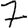
Digit: 7